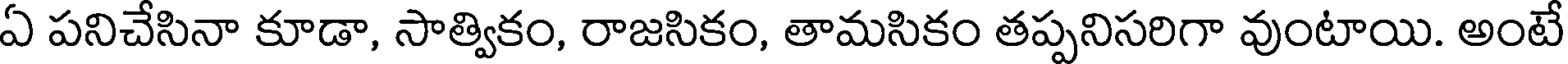
ఏ పనిచేసినా కూడా, సాత్వికం, రాజసికం, తామసికం తప్పనిసరిగా వుంటాయి. అంటే